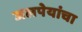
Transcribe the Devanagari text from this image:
जलपेयांचा